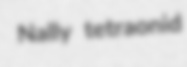
Nally tetraonid